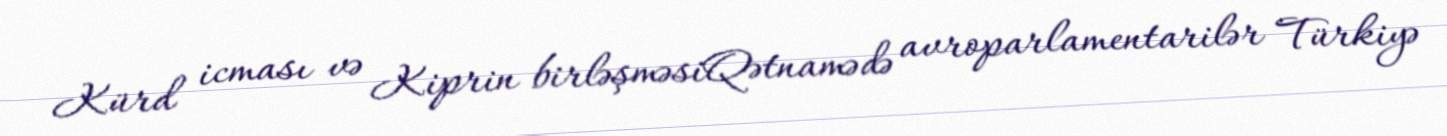
Kürd icması və Kiprin birləşməsiQətnamədə avroparlamentarilər Türkiyə